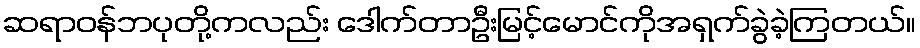
ဆရာဝန်ဘပုတို့ကလည်း ဒေါက်တာဦးမြင့်မောင်ကိုအရှက်ခွဲခဲ့ကြတယ်။